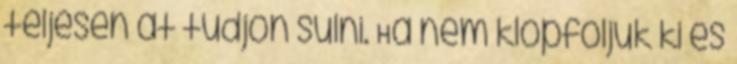
teljesen át tudjon sülni. Ha nem klopfoljuk ki és